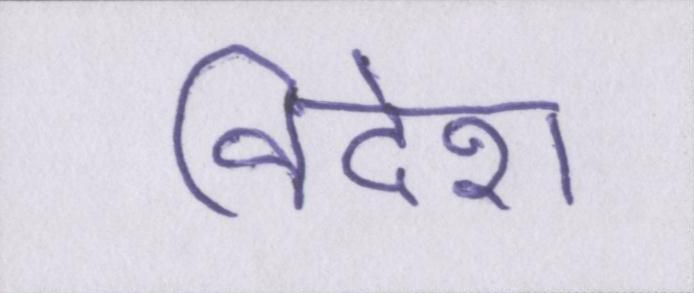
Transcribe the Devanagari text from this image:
विदेश